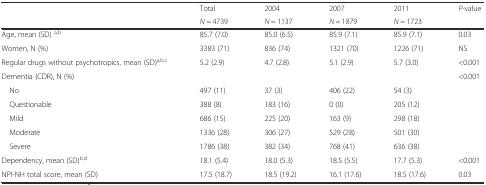
<table><thead><tr><td rowspan="2"></td><td><b>Total</b></td><td><b>2004</b></td><td><b>2007</b></td><td><b>2011</b></td><td rowspan="2"><b><i>P</i>-value</b></td></tr><tr><td><b><i>N</i> = 4739</b></td><td><b><i>N</i> = 1137</b></td><td><b><i>N</i> = 1879</b></td><td><b><i>N</i> = 1723</b></td></tr></thead><tbody><tr><td>Age, mean (SD) <sup>a,b</sup></td><td>85.7 (7.0)</td><td>85.0 (6.5)</td><td>85.9 (7.1)</td><td>85.9 (7.1)</td><td>0.03</td></tr><tr><td>Women, N (%)</td><td>3383 (71)</td><td>836 (74)</td><td>1321 (70)</td><td>1226 (71)</td><td>NS</td></tr><tr><td>Regular drugs without psychotropics, mean (SD)<sup>a,</sup><sup>b,c</sup></td><td>5.2 (2.9)</td><td>4.7 (2.8)</td><td>5.1 (2.9)</td><td>5.7 (3.0)</td><td>&lt;0.001</td></tr><tr><td>Dementia (CDR), N (%)</td><td></td><td></td><td></td><td></td><td>&lt;0.001</td></tr><tr><td> No</td><td>497 (11)</td><td>37 (3)</td><td>406 (22)</td><td>54 (3)</td><td></td></tr><tr><td> Questionable</td><td>388 (8)</td><td>183 (16)</td><td>0 (0)</td><td>205 (12)</td><td></td></tr><tr><td> Mild</td><td>686 (15)</td><td>225 (20)</td><td>163 (9)</td><td>298 (18)</td><td></td></tr><tr><td> Moderate</td><td>1336 (28)</td><td>306 (27)</td><td>529 (28)</td><td>501 (30)</td><td></td></tr><tr><td> Severe</td><td>1786 (38)</td><td>382 (34)</td><td>768 (41)</td><td>636 (38)</td><td></td></tr><tr><td>Dependency, mean (SD)<sup>b,d</sup></td><td>18.1 (5.4)</td><td>18.0 (5.3)</td><td>18.5 (5.5)</td><td>17.7 (5.3)</td><td>&lt;0.001</td></tr><tr><td>NPI-NH total score, mean (SD)</td><td>17.5 (18.7)</td><td>18.5 (19.2)</td><td>16.1 (17.6)</td><td>18.5 (17.6)</td><td>0.03</td></tr></tbody></table>